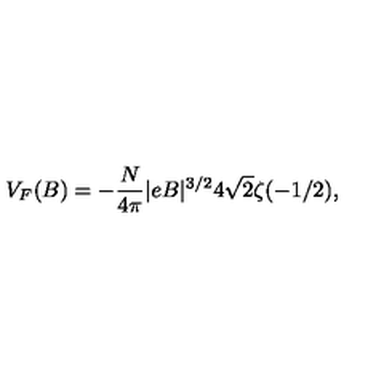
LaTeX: V _ { F } ( B ) = - \frac { N } { 4 \pi } | e B | ^ { 3 / 2 } 4 \sqrt { 2 } \zeta ( - 1 / 2 ) ,